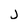
Character: j